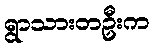
ရွာသားတဦးက